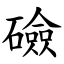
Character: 礆